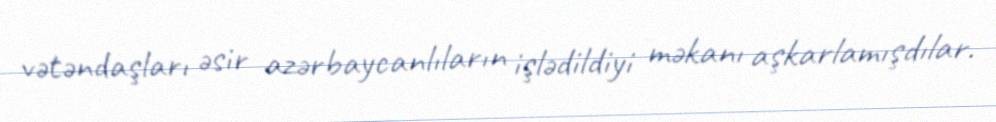
vətəndaşları əsir azərbaycanlıların işlədildiyi məkanı aşkarlamışdılar.